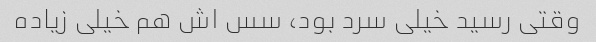
وقتی رسید خیلی سرد بود، سس اش هم خیلی زیاده